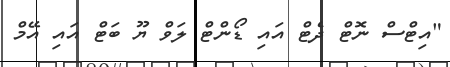
"އިޓްސް ނޮޓް ދެޓް އައި ޑޯންޓް ލަވް ޔޫ ބަޓް އައި އޭމް